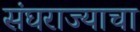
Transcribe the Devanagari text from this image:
संघराज्याचा